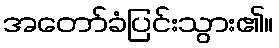
အတော်ခံပြင်းသွား၏။